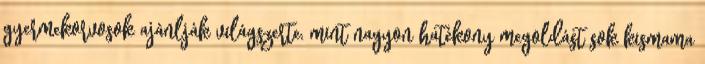
gyermekorvosok ajánlják világszerte, mint nagyon hatékony megoldást sok kismama